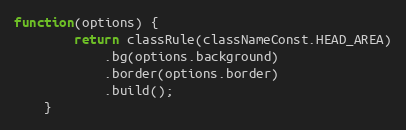
Language: JavaScript
function(options) {
        return classRule(classNameConst.HEAD_AREA)
            .bg(options.background)
            .border(options.border)
            .build();
    }